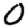
Digit: 0